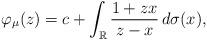
LaTeX: \begin{align*}\varphi_{\mu}(z)=c+\int_{\mathbb{R}}\frac{1+zx}{z-x}\,d\sigma(x),\end{align*}